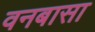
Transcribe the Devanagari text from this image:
वनबासा